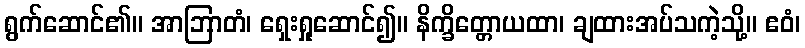
ရွက်ဆောင်၏။ အာဘြာတံ၊ ရှေးရှုဆောင်၍။ နိက္ခိတ္တောယထာ၊ ချထားအပ်သကဲ့သို့။ ဧဝံ၊